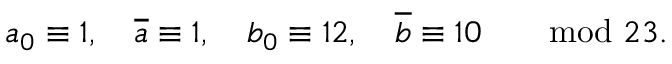
a _ { 0 } \equiv 1 , \quad { \overline { { a } } } \equiv 1 , \quad b _ { 0 } \equiv 1 2 , \quad { \overline { { b } } } \equiv 1 0 \qquad \mathrm { m o d } \ 2 3 .